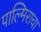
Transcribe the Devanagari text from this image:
पाल्मिराचा